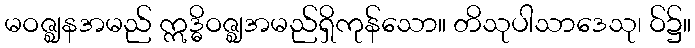
မဝဇ္ဈနအမည် ဣဒ္ဓိဝဇ္ဈအမည်ရှိကုန်သော။ တိသုပါသာဒေသု၊ ဝ်၌။